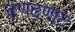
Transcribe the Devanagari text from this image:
ढणढणाट